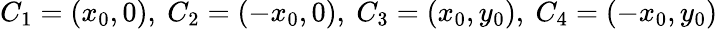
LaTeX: C_{1}=(x_{0},0),\ C_{2}=(-x_{0},0),\ C_{3}=(x_{0},y_{0}),\ C_{4}=(-x_{0},y_{0})